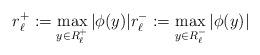
LaTeX: \begin{align*}r_{\ell}^+:=\max_{y\in R_{\ell}^+} |\phi(y)| r_{\ell}^-:=\max_{y\in R_{\ell}^-} |\phi(y)|\end{align*}